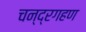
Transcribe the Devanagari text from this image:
चन्द्रगहण